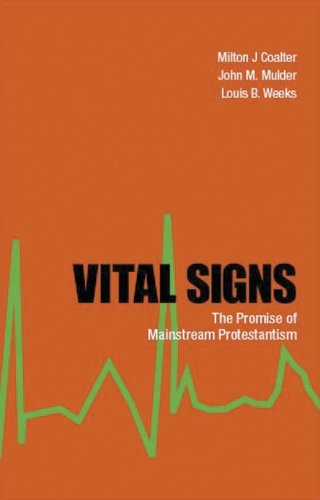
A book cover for Vital Signs: The Promise of Mainstream Protestantism; Milton Caolter; Christian Books & Bibles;